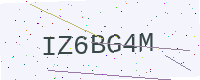
Text: IZ6BG4M